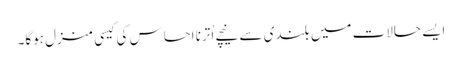
ایسے حالات میں بلندی سے نیچے اُترنا احساس کی کیسی منزل ہوگا۔